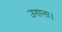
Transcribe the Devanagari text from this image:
उगाना।